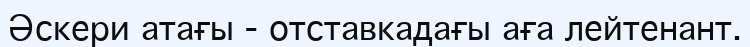
Әскери атағы - отставкадағы аға лейтенант.